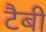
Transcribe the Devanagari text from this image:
टैबी